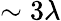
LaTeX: \sim 3\lambda